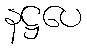
နဋ္ဌပေ